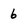
Character: 6